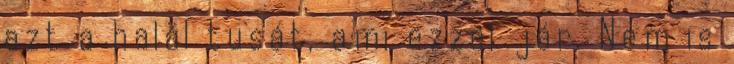
azt a halál tusát, ami ezzel jár. Nem is